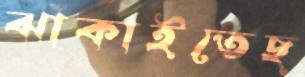
ঝাঁকাইতেছ